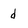
Character: d